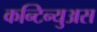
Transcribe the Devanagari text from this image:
कन्टिन्युअस